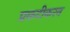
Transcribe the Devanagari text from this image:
प्रकटीकरन